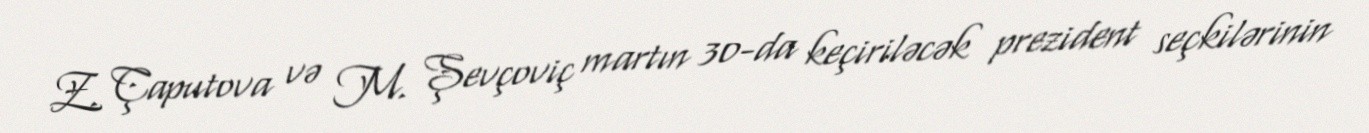
Z. Çaputova və M. Şevçoviç martın 30-da keçiriləcək prezident seçkilərinin